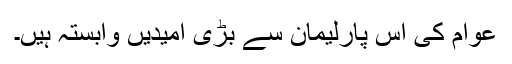
عوام کی اس پارلیمان سے بڑی اُمیدیں وابستہ ہیں۔